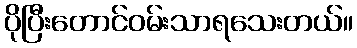
ပိုပြီးတောင်ဝမ်းသာရသေးတယ်။